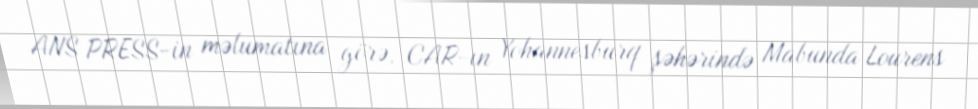
ANS PRESS-in məlumatına görə, CAR-ın Yohannesburq şəhərində Mabunda Lourens